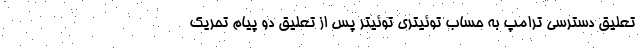
تعلیق دسترسی ترامپ به حساب توئیتری توئیتر پس از تعلیق دو پیام تحریک